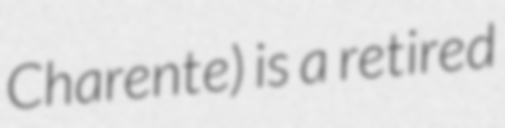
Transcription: Charente) is a retired